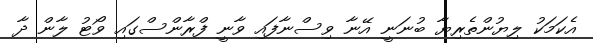
އެކަމަކު ލިޔުންތެރިޔާ ބުނަނީ އޭނާ ވިސްނާފައި ވާނީ ފްރާންސްގައި ވޯޓު ލާން ދާ